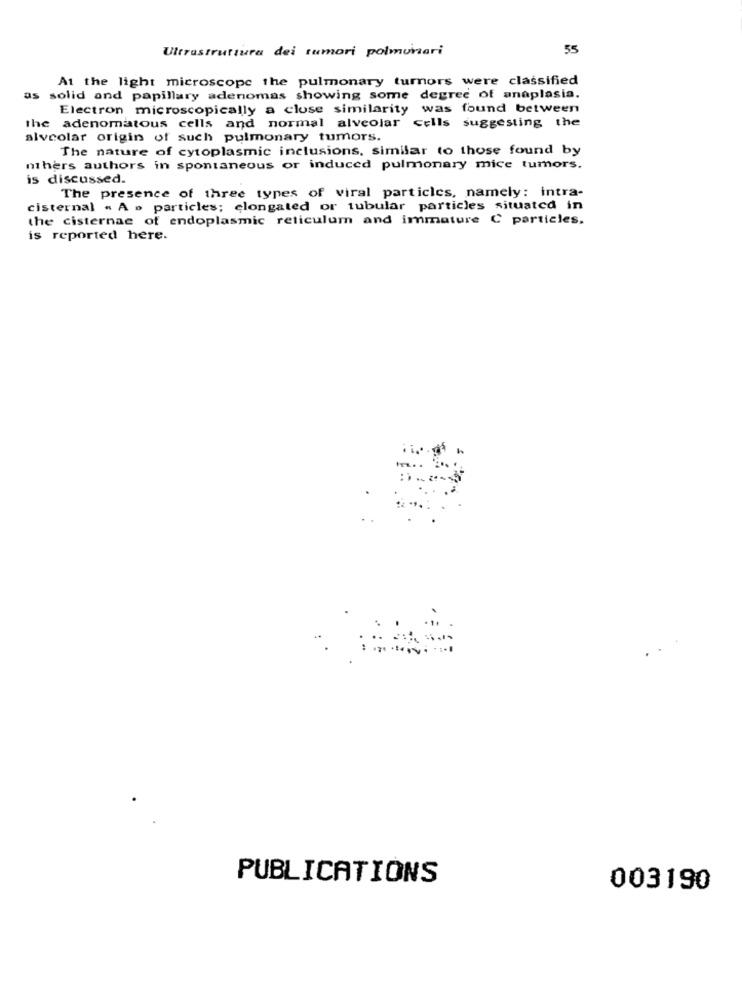
Ultrastruttura dei tumori polmonari
55
At the light microscope the pulmonary turnors were classified
as solid and papillary adenomas showing some degree of anaplasia.
Electron microscopically a close similarity was found between
the adenomatous cells and normal alveolar cells suggesting the
alveolar origin of such pulmonary tumors.
The nature of cytoplasmic inclusions, similar to those found by
nthers authors in spontaneous or induced pulmonary mice tumors.
is discussed.
The presence of three types of viral particles, namely: intra-
cisternal « A » particles; elongated or tubular particles situated in
the cisternae of endoplasmic reticulum and immature C particles.
is reported here.
PUBLICATIONS
003190